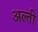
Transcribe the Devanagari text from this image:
अल्ती